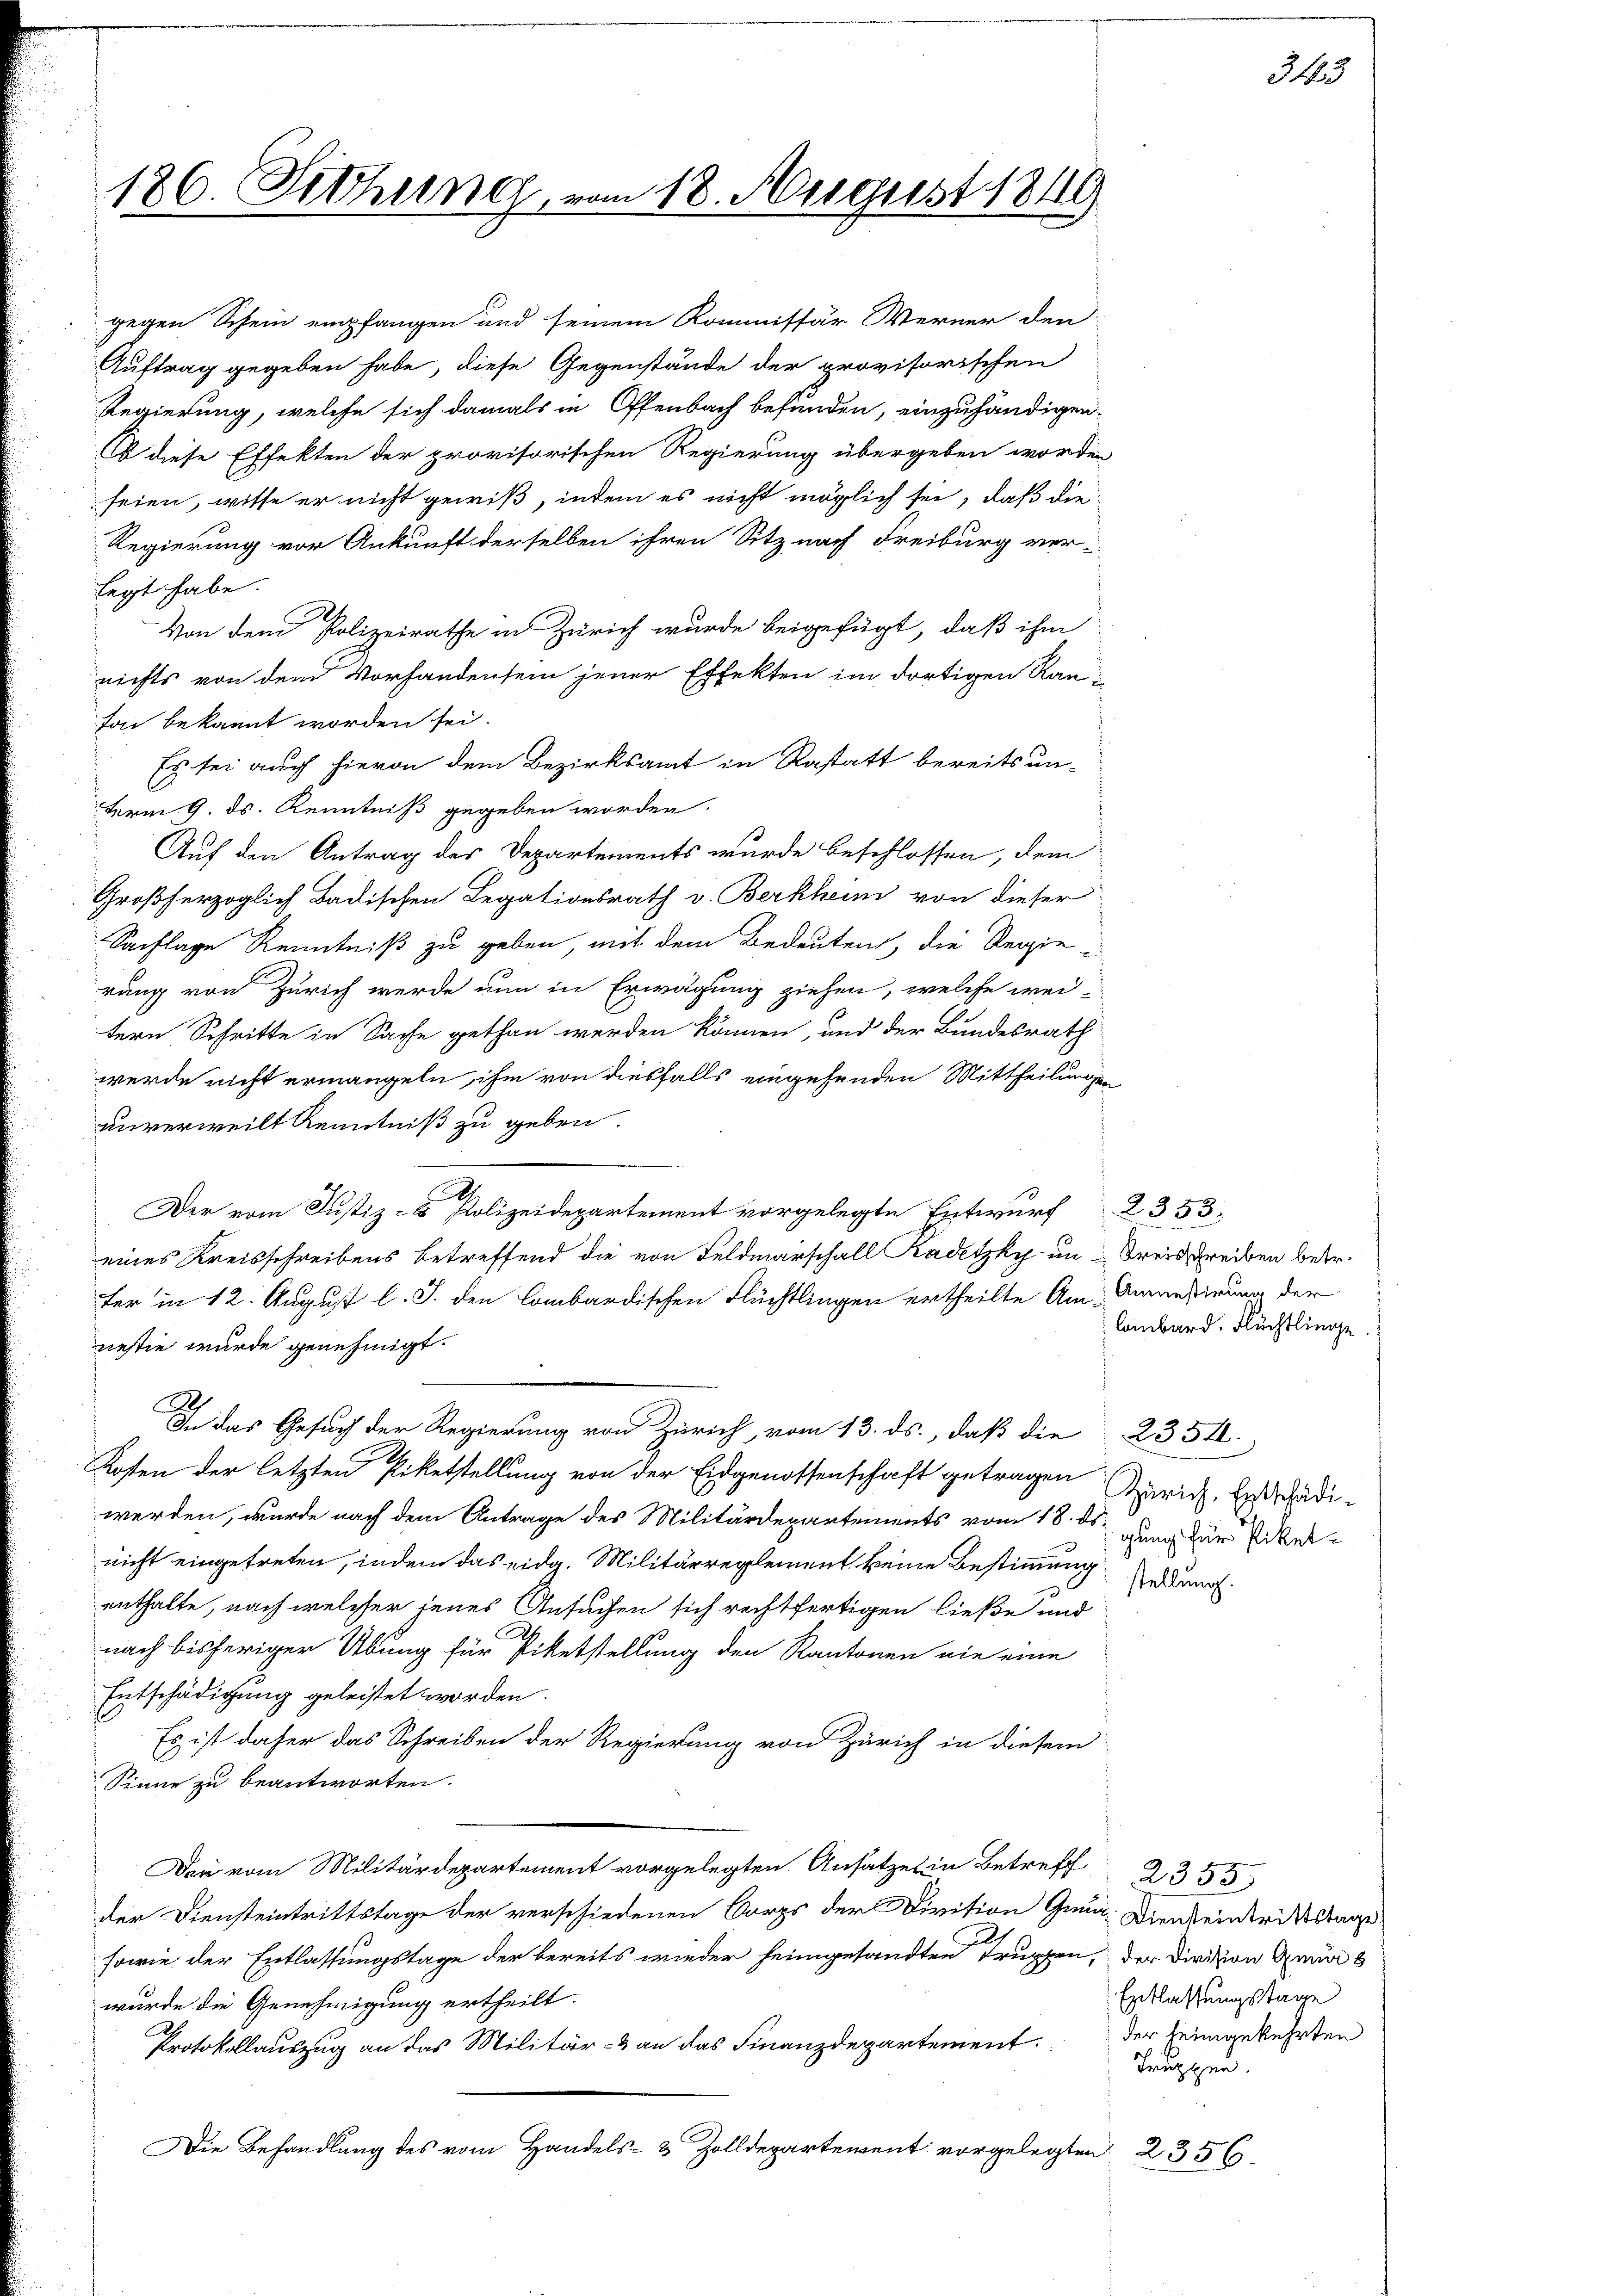
186. Fetthung, vom 18. August 1819.

gegen Schein empfangen und seinem Kommissär Werner den
Auftrag gegeben habe, diese Gegenstände der provisorischen
Regierung, welche sich damals in Offenbach befunden, einzuhändigen-
Ob diese Effekten der provisorischen Regierung übergeben worden
seien, wisse er nicht gewiß, indem es nicht möglich sei, daß die
Regierung vor Ankunft derselben ihren Sitz nach Freiburg ver-
legt habe.
Von dem Polizeirathe in Zürich wurde beigefügt, daß ihm
nichts von dem Vorhandensein jener Effekten im dortigen Raufon bekannt worden sei.
Es sei auch hievon dem Bezirksamt in Rastatt bereits unterm 9. ds. Kenntniß gegeben worden.
Auf den Antrag des Departements wurde beschlossen, dem
Großherzoglich Badischen Legationsrath v. Berkheim von dieser
Sachlage Kenntniß zu geben, mit dem Bedeuten, die Regie i
rung von Zürich werde nun in Erwägung ziehen, welche wei-
tern Schritte in Sache gethan werden können, und der Bundesrath
werde nicht ermangeln, ihm von diesfalls eingehenden Mittheilungen
unverweilt Kenntniß zu geben.
.
Der vom Justiz- & Polizeidepartement vorgelegte Entwurf 2353.
eines Kreisschreibens betreffend die von Feldmarschall Kadetzky um Kreisschreiben betr.
fer in 12. August l. J. den Combardischen Flüchtlingen ertheilte Am-Amnestirung der
nestie wurde genehmigt.
Ah
In das Gesuch der Regierung von Zürich, vom 13. ds., daß die 235.
Kosten der letzten Piketstellung von der Eidgenossenschaft getragen Zürich, Entschädiwerden, wurde nach dem Antrage des Militärdepartements vom 18. ds en für Pikel-
nicht eingetreten, indem das eidg. Militärreglement keine Bestimmung
enthalte, nach welcher jenes Ansuchen sich rechtfertigen ließe und
nach bisheriger Übung für Piketstellung den Kantonen wie eine
Entschädigung geleistet worden.
Es ist daher das Schreiben der Regierung von Zürich in diesem
Sinne zu beantworten.
 vom Militar gelegten Ansatzen Betr. 2355
der Diensteintrittstage der verschiedenen Corps der Divition Gena. Diendenderittstage
sowie der Entlassungstage der bereits wieder heimgesandten Truppen, der Division gena
wurde die Genehmigung ertheilt.
Protokollauszug an das Militär- & an das Finanzdepartement der Heimgekehrten
Die Behandlung des vom Handels- & Zolldepartement vorgelegten 2356.

lombard. Flüchtlinge.

stellung.

343

Entlassungstage
Truppen.